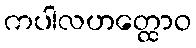
ကပါလဟတ္ထောဝ